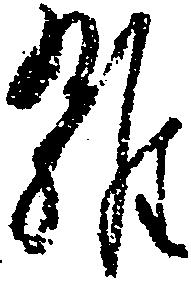
雑